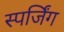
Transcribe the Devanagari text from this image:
स्पर्जिंग